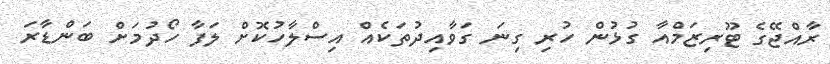
ރާއްޖޭގެ ޓޫރިޒަމްއާ ގުޅުން ހުރި ގިނަ ގަވާއިދުތަކެއް އިސްލާހުކޮށް ލަފާ ހޯދުމަށް ބަންޑާރަ